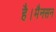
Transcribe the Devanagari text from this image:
है।मैनसन